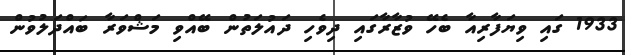
1933 ގައި ވިޔަފާރިއާ ބެހޭ ވުޒާރާގައި ދިވެހި ދައުލަތުން ބޭއްވި މަޝްވަރާ ބައްދަލުވުން